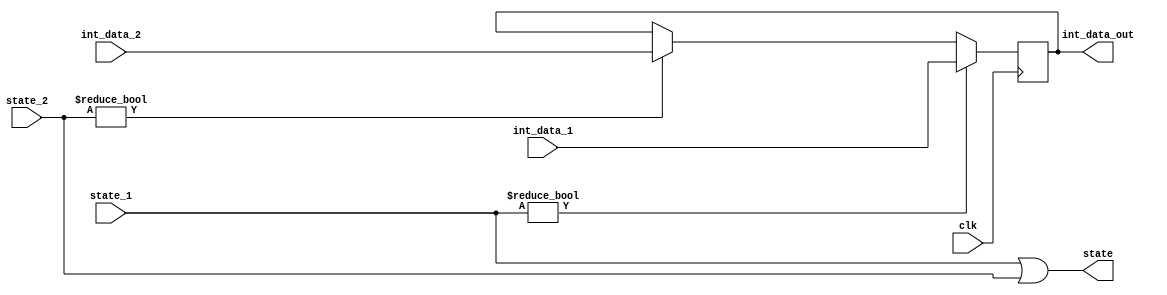
module datamux (
    input clk,
    input wire [15:0] int_data_1,
    input wire [1:0] state_1,
    input wire [15:0] int_data_2,
    input wire [1:0] state_2,
    output reg [15:0] int_data_out,
    output wire [1:0] state
);

    assign state = state_1 | state_2;

    // Databus matrix
    always @ (posedge clk)
    begin
        if (state_1 != 0)
            int_data_out = int_data_1;
        else if (state_2 != 0)
            int_data_out = int_data_2;
    end
    
endmodule